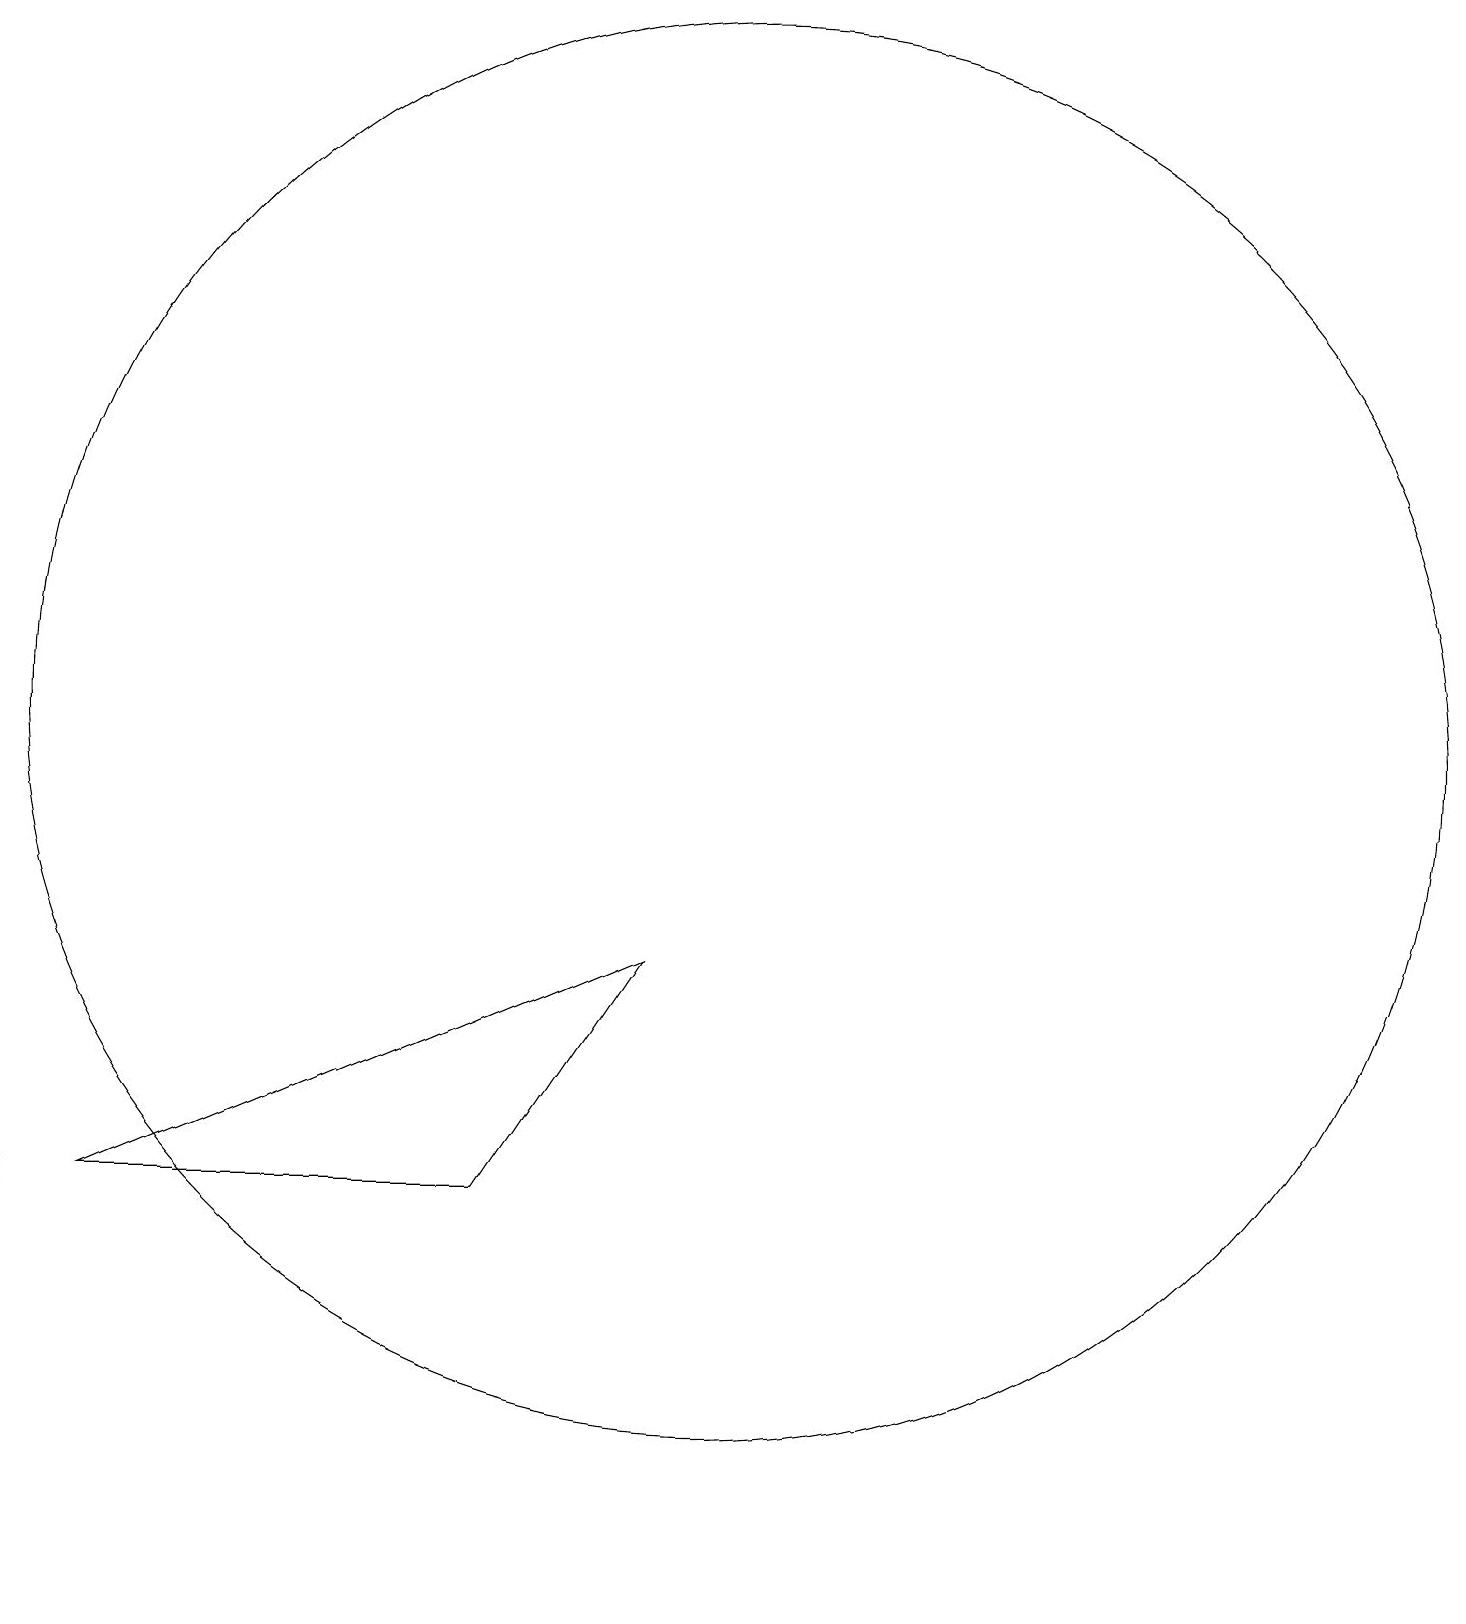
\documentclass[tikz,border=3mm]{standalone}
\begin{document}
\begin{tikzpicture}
\draw (9,8) -- (2,5) -- (7,5) -- cycle;
\draw (1,5) -- (1,0) -- (1,4) -- cycle;
\draw (10,11) circle (9);
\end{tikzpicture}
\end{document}